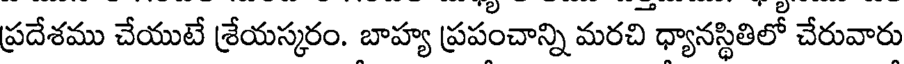
ప్రదేశము చేయుటే శ్రేయస్కరం. బాహ్య ప్రపంచాన్ని మరచి ధ్యానస్థితిలో చేరువారు